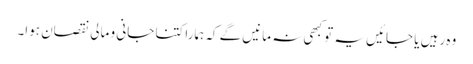
وہ رہیں یا جائیں یہ تو کبھی نہ مانیں گے کہ ہمارا کتنا جانی و مالی نقصان ہوا۔